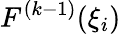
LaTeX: F^{(k-1)}(\xi_{i})